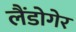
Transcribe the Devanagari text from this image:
लैंडोगेर